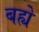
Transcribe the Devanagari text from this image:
बह्ये